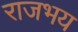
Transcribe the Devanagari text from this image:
राजभय